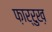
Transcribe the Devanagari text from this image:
फ़ार्रुख़